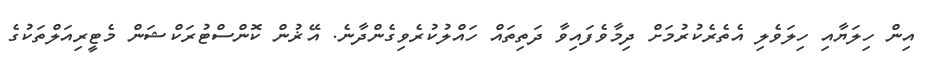
އިން ހިލަޔާއި ހިލަވެލި އެތެރެކުރުމަށް ދިމާވެފައިވާ ދަތިތައް ހައްލުކުރެވިގެންދާނެ. އޭޜުން ކޮންސްޓުރަކްޝަން މެޓީރިއަލްތަކުގެ